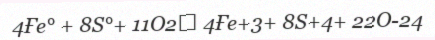
4Ғе° + 8S°+ 11О2→ 4Ғе+3+ 8S+4+ 22O-24